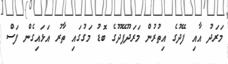
މަރަދު އާއި ފޭދުގެ އިތުރުން މަރަދޫފޭދޫގެ ބޮޑު މަގުގައި ތާރު އަޅައިގެން ފަސް